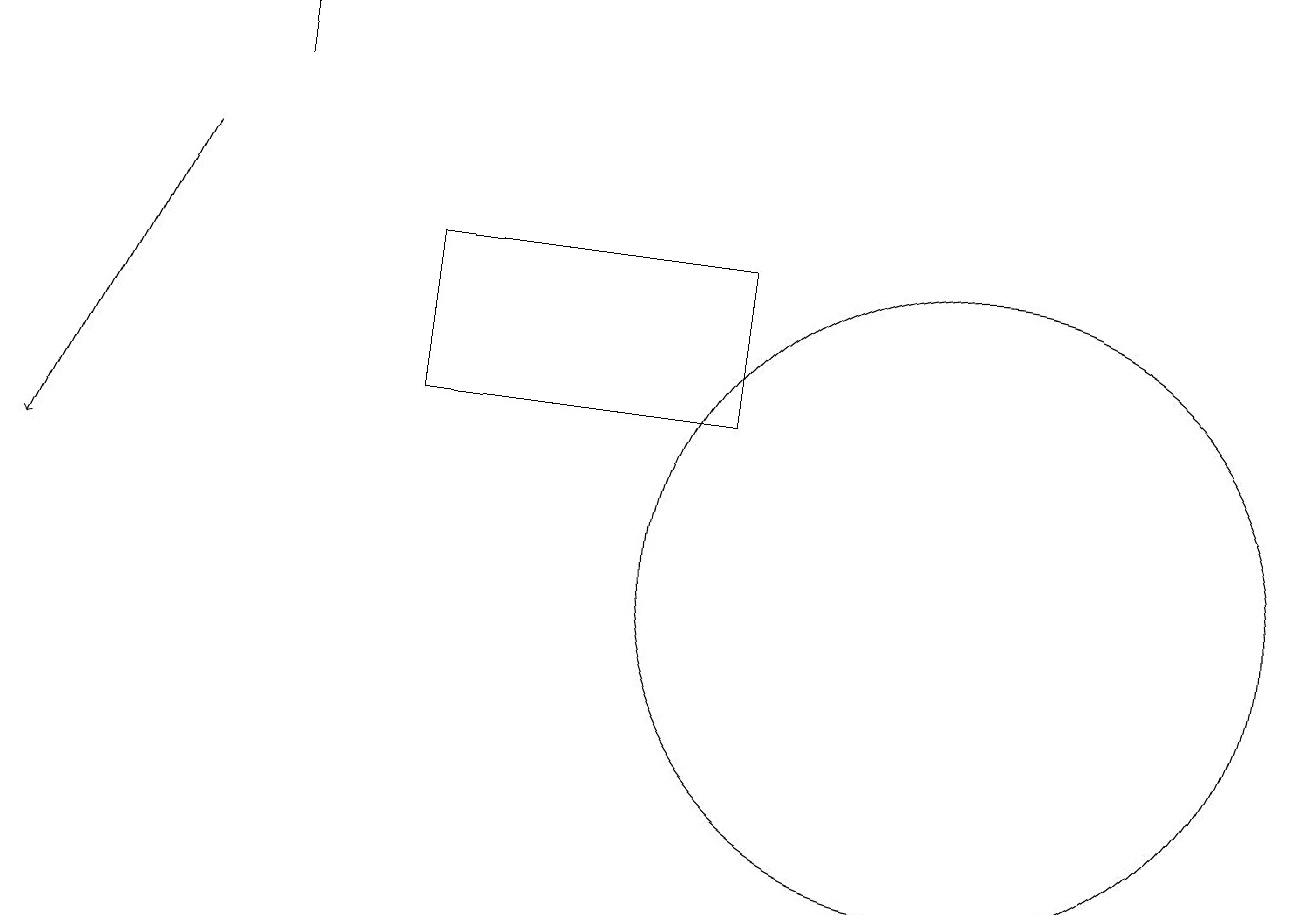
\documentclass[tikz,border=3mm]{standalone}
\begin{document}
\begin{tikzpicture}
\draw[->] (2,16) -- (0,12);
\draw[->] (3,17) -- (3,18);
\draw (12,11) circle (4);
\draw (5,13) rectangle (9,15);
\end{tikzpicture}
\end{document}